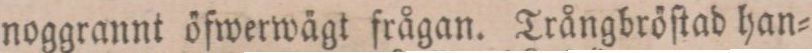
noggrannt öfwerwägt frågan. Trångbröſtad han=